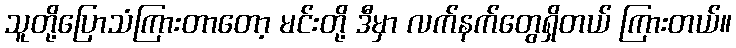
သူတို့ပြောသံကြားတာတော့ မင်းတို့ ဒီမှာ လက်နက်တွေရှိတယ် ကြားတယ်။